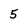
Character: 5